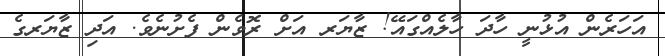
އަހަރެން އުޅުނީ ހާދަ ހާލެއްގައޭ! ޒާޔަރ އަށް ރޮވެން ފެށުނެވެ. އަދި ޒާޔަރގެ